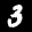
Label: 3